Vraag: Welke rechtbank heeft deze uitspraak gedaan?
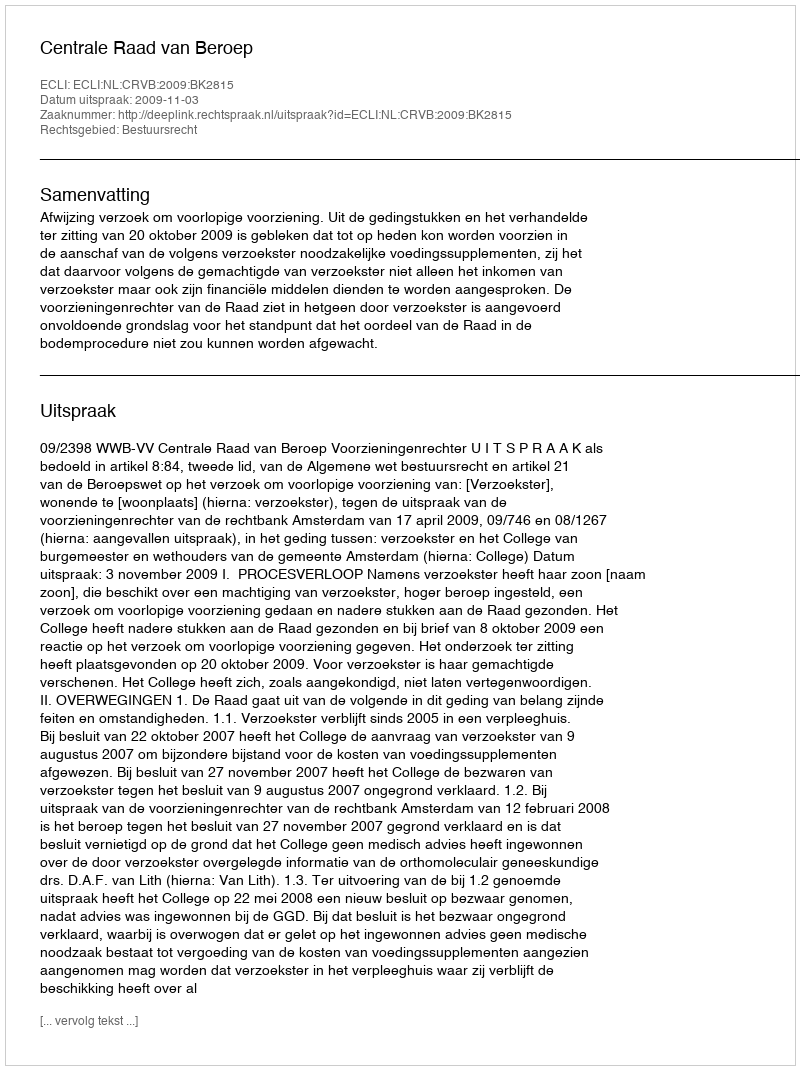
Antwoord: Centrale Raad van Beroep